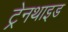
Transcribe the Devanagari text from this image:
ट्रेनथाइड